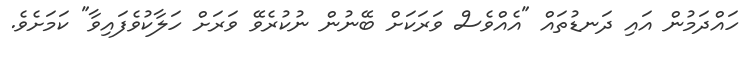
ހައްދަމުން އައި ދަނޑުތައް "އެއްވެސް ވަރަކަށް ބޭނުން ނުކުރެވޭ ވަރަށް ހަލާކުވެފައިވާ" ކަމަށެވެ.